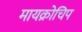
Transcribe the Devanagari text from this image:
मायक्रोचिप